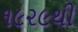
૧૯૨૯થી